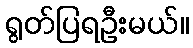
ရွတ်ပြရဦးမယ်။